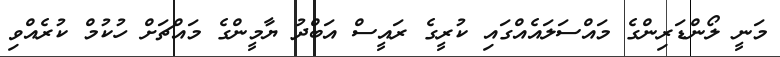
މަނީ ލޯންޑަރިންގެ މައްސަލައެއްގައި ކުރީގެ ރައީސް އަބްދު ޔާމީންގެ މައްޗަށް ހުކުމް ކުރެއްވި